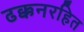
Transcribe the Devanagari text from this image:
ढक्कनरहित